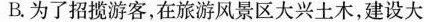
B.为了招揽游客，在旅游风景区大兴土木，建设大